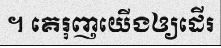
។ គេរុញយើងឲ្យដើរ